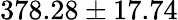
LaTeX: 378.28\pm 17.74